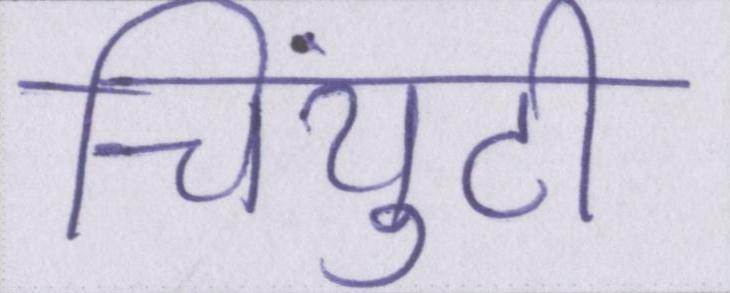
चिंयुटी